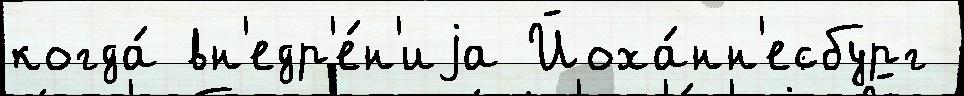
когда́ вн'едр'е́н'иjа Йоха́нн'есбург